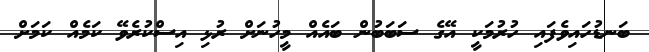
ބަނޑުހައިވެފައި ހުރުމަކީ އޭގެ ސަބަބުން ބައެއް މީހުނަށް ރުޅި އިސްކުރެވޭ ކަމެއް ކަމަށް